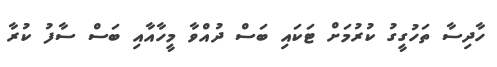
ހާދިސާ ތަހުގީގު ކުރުމަށް ޓަކައި ބަސް ދުއްވާ މީހާއާއި ބަސް ސާފު ކުރާ